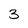
Character: 3